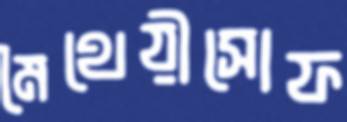
মৈথেয়ীসোফ